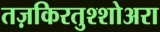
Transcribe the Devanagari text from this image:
तज़किरतुश्शोअरा